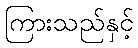
ကြားသည်နှင့်